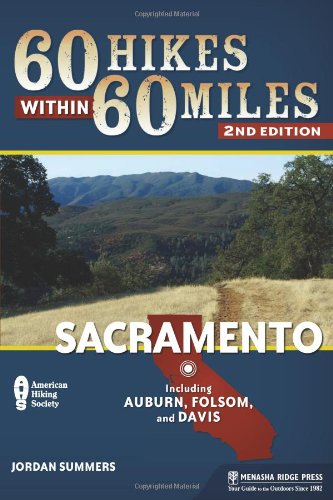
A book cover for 60 Hikes Within 60 Miles: Sacramento: Including Auburn, Folsom, and Davis; Jordan Summers; Health, Fitness & Dieting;